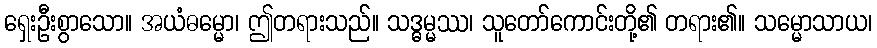
ရှေးဦးစွာသော။ အယံဓမ္မော၊ ဤတရားသည်။ သဒ္ဓမ္မဿ၊ သူတော်ကောင်းတို့၏ တရား၏။ သမ္မောသာယ၊